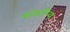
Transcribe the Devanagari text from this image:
कांडरोप्य